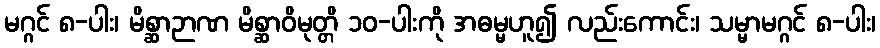
မဂ္ဂင် ၈-ပါး၊ မိစ္ဆာဉာဏ မိစ္ဆာဝိမုတ္တိ ၁၀-ပါးကို အဓမ္မဟူ၍ လည်းကောင်း၊ သမ္မာမဂ္ဂင် ၈-ပါး၊